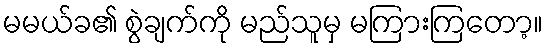
မမယ်ခ၏ စွဲချက်ကို မည်သူမှ မကြားကြတော့။